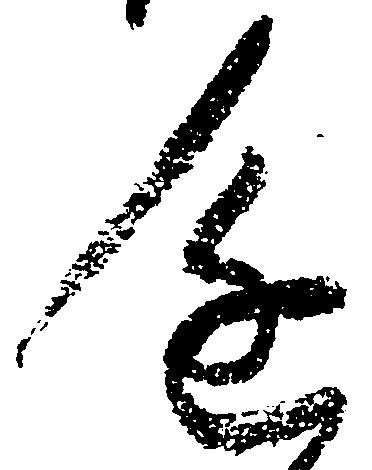
進